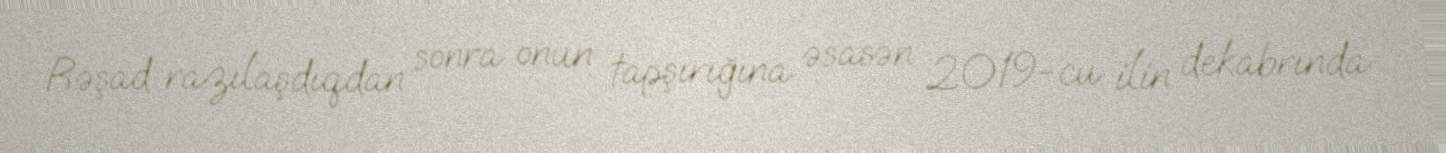
Rəşad razılaşdıqdan sonra onun tapşırığına əsasən 2019-cu ilin dekabrında